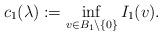
LaTeX: \begin{align*} c_1(\lambda) := \inf_{v\in B_1\setminus\{0\}} I_1(v).\end{align*}